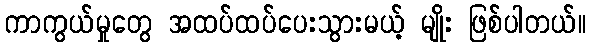
ကာကွယ်မှုတွေ အထပ်ထပ်ပေးသွားမယ့် မျိုး ဖြစ်ပါတယ်။